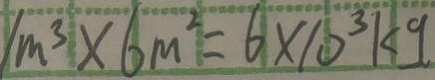
1 m ^ { 3 } \times 6 m ^ { 2 } = 6 \times 1 0 ^ { 3 } k g